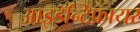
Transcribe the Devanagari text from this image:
आइडॅन्टिफ़ायर